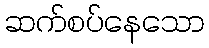
ဆက်စပ်နေသော